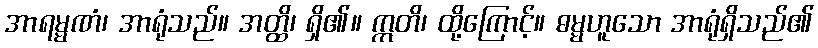
အာရမ္မဏံ၊ အာရုံသည်။ အတ္ထိ၊ ရှိ၏။ ဣတိ၊ ထို့ကြောင့်။ ဓမ္မဟူသော အာရုံရှိသည်၏